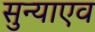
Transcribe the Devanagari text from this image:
सुन्याएव